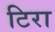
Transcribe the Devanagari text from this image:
टिरा